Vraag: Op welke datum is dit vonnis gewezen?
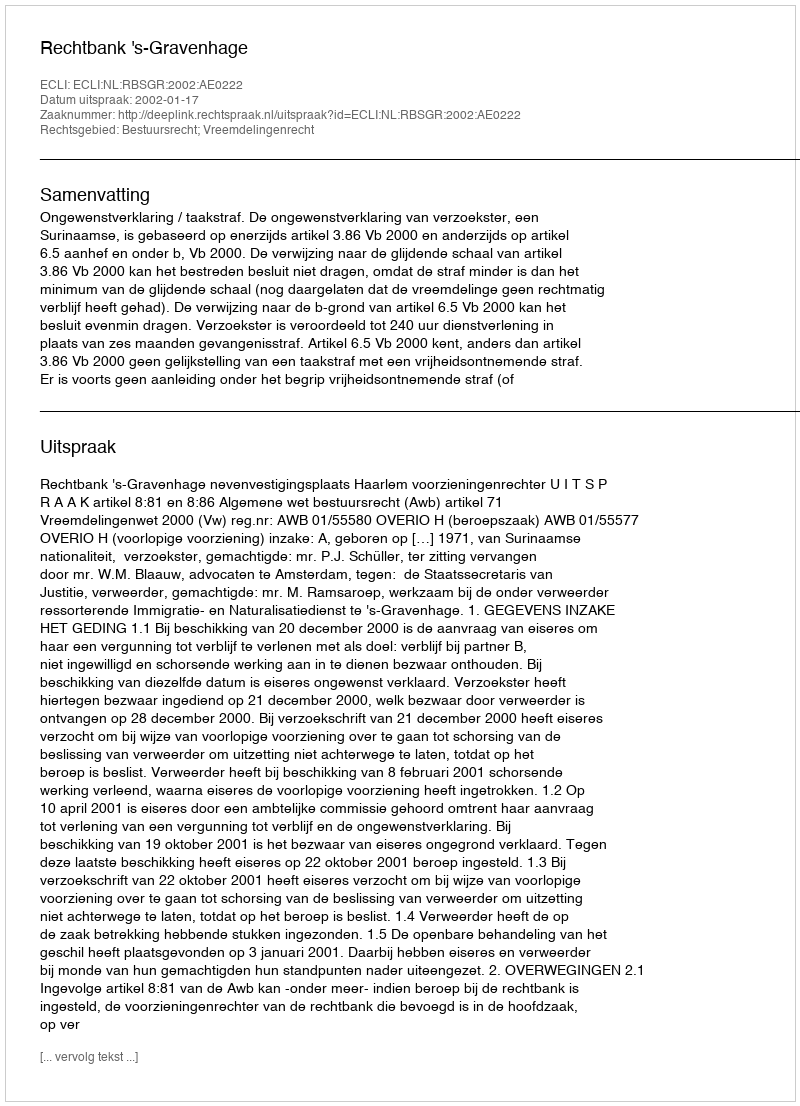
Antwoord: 2002-01-17